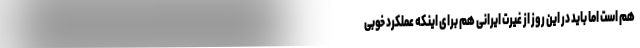
هم است اما باید در این روز از غیرت ایرانی هم برای اینکه عملکرد خوبی